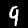
Label: 9